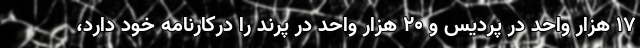
۱۷ هزار واحد در پردیس و ۲۰ هزار واحد در پرند را درکارنامه خود دارد،